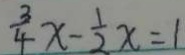
\frac { 3 } { 4 } x - \frac { 1 } { 2 } x = 1